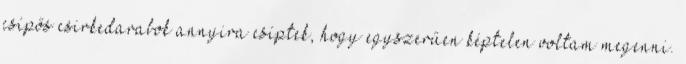
csípős csirkedarabok annyira csíptek, hogy egyszerűen képtelen voltam megenni.